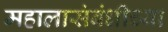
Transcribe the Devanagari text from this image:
महालासंबंधीच्या